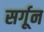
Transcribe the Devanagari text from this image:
सर्गून